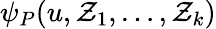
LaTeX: \psi_{P}(u,\mathcal{Z}_{1},\dots,\mathcal{Z}_{k})